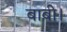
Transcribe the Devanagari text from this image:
बाबी।